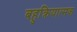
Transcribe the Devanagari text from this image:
बहुक्रियात्मक